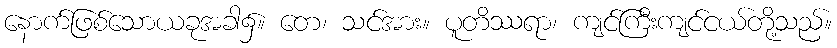
နောက်ဖြစ်သောယခုအခါ၌။ တေ၊ သင်အား။ ပူတိဿရာ၊ ကျင်ကြီးကျင်ငယ်တို့သည်။